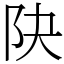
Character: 䦼